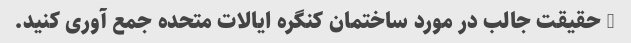
5 حقیقت جالب در مورد ساختمان کنگره ایالات متحده جمع آوری کنید.